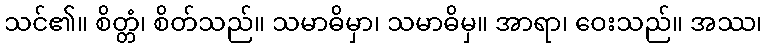
သင်၏။ စိတ္တံ၊ စိတ်သည်။ သမာဓိမှာ၊ သမာဓိမှ။ အာရာ၊ ဝေးသည်။ အဿ၊